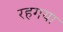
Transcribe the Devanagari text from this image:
रहगया